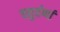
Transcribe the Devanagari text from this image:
चतुर्वर्णा